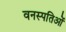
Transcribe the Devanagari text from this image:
वनस्पतिओं